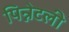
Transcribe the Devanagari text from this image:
पिन्नेटली